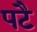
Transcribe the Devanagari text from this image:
पटै